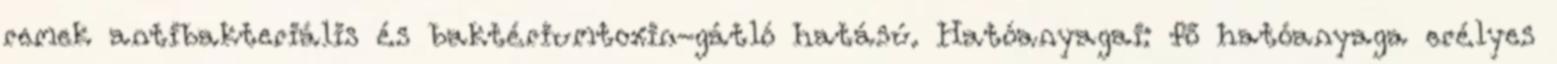
remek antibakteriális és baktériumtoxin-gátló hatású. Hatóanyagai: fő hatóanyaga erélyes